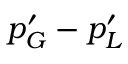
p _ { G } ^ { \prime } - p _ { L } ^ { \prime }